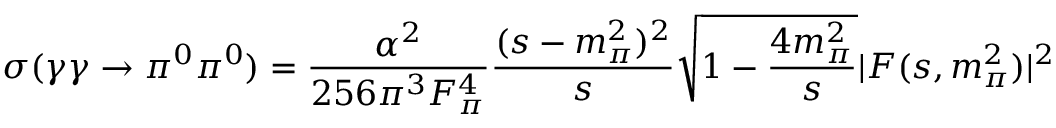
\sigma ( \gamma \gamma \rightarrow \pi ^ { 0 } \pi ^ { 0 } ) = { \frac { \alpha ^ { 2 } } { 2 5 6 \pi ^ { 3 } F _ { \pi } ^ { 4 } } } { \frac { ( s - m _ { \pi } ^ { 2 } ) ^ { 2 } } { s } } \sqrt { 1 - { \frac { 4 m _ { \pi } ^ { 2 } } { s } } } | F ( s , m _ { \pi } ^ { 2 } ) | ^ { 2 }